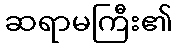
ဆရာမကြီး၏